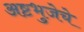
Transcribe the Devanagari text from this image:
अष्टभुजेचे